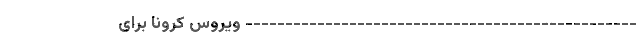
------------------------------------------------- ویروس کرونا برای